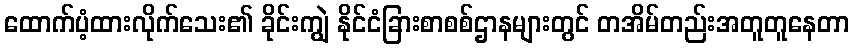
ထောက်ပံ့ထားလိုက်သေး၏ ခိုင်းကျွဲ နိုင်ငံခြားစာစစ်ဌာနများတွင် တအိမ်တည်းအတူတူနေတာ